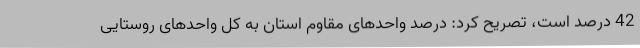
42 درصد است، تصریح کرد: درصد واحدهای مقاوم استان به کل واحدهای روستایی